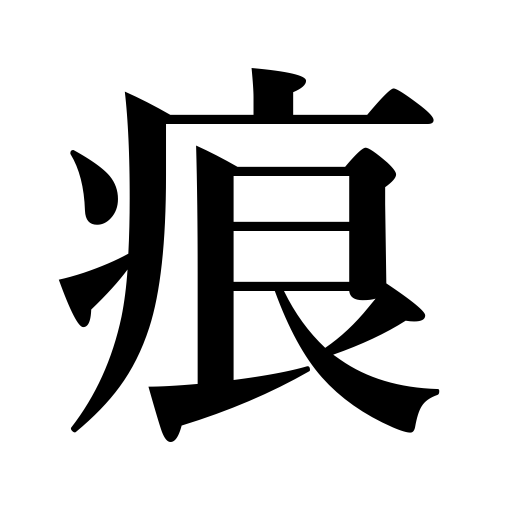
Meanings: footprint,mark